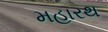
મહારથ